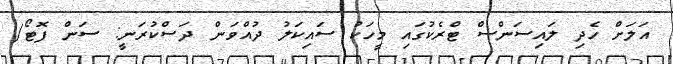
އަލަށް ހެދި ލައިސަންސް ޓްރެކުގައި މީހަކު ސައިކަލު ދުއްވަން ދަސްކުރަނީ: ސަން ފޮޓޯ/